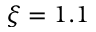
\xi = 1 . 1